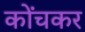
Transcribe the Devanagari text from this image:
कोंचकर